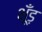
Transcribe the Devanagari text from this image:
भूँड़